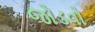
જોડવો